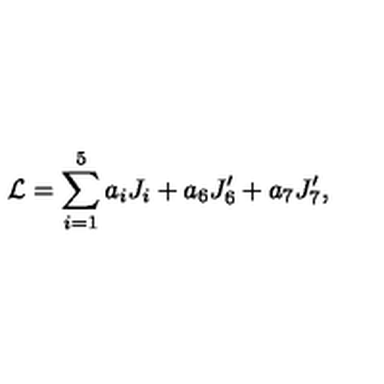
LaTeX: { \cal L } = \sum _ { i = 1 } ^ { 5 } a _ { i } J _ { i } + a _ { 6 } J _ { 6 } ^ { \prime } + a _ { 7 } J _ { 7 } ^ { \prime } ,